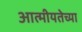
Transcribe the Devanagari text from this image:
आत्मीयतेच्या